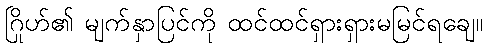
ဂြိုဟ်၏ မျက်နှာပြင်ကို ထင်ထင်ရှားရှားမမြင်ရချေ။